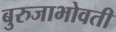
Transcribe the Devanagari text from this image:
बुरुजाभोवती